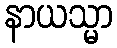
နာယသ္မာ